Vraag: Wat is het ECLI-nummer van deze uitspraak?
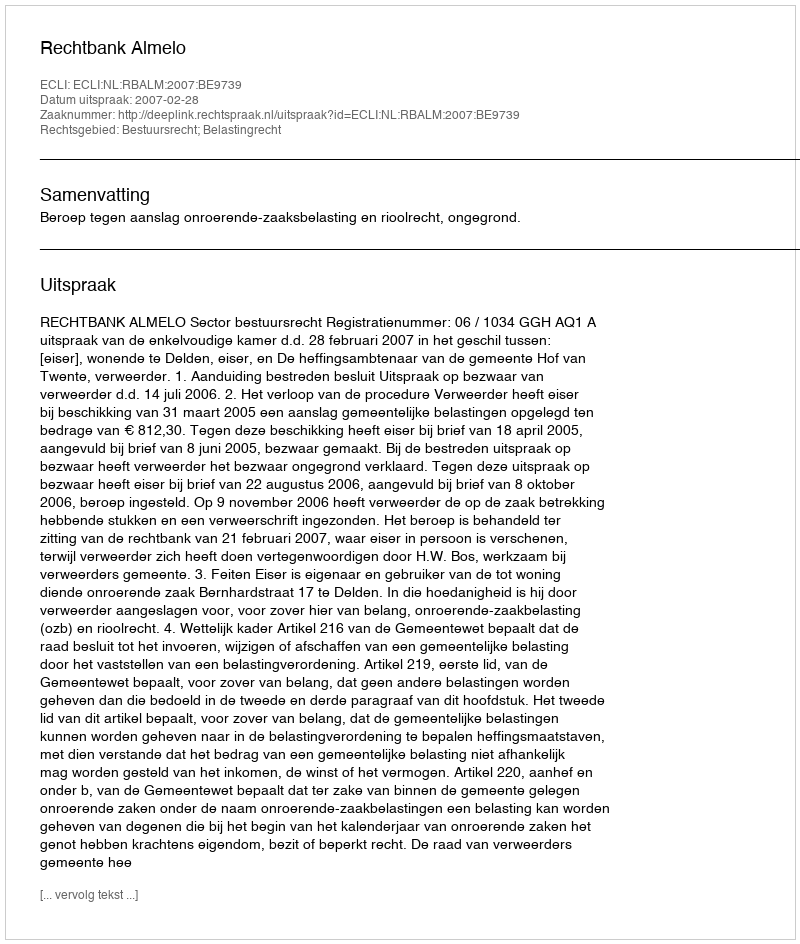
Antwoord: ECLI:NL:RBALM:2007:BE9739